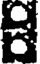
8